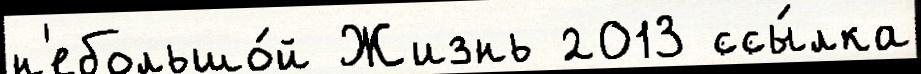
н'ебольшо́й Жизнь 2013 ссы́лка